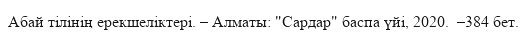
Абай тілінің ерекшеліктері. – Алматы: "Сардар" баспа үйі, 2020.  –384 бет.